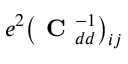
e ^ { 2 } \big ( \mathrm { \textbf { C } } _ { d d } ^ { - 1 } \big ) _ { i j }